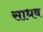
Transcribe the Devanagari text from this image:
साधव